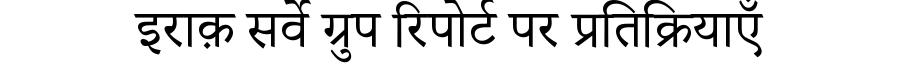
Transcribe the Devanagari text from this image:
इराक़ सर्वे ग्रुप रिपोर्ट पर प्रतिक्रियाएँ